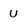
Character: U